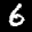
Label: 6